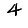
Digit: 4